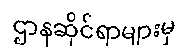
ဌာနဆိုင်ရာများမှ